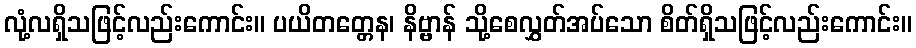
လုံ့လရှိသဖြင့်လည်းကောင်း။ ပယိတတ္တေန၊ နိဗ္ဗာန် သို့စေလွှတ်အပ်သော စိတ်ရှိသဖြင့်လည်းကောင်း။